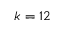
k = 1 2